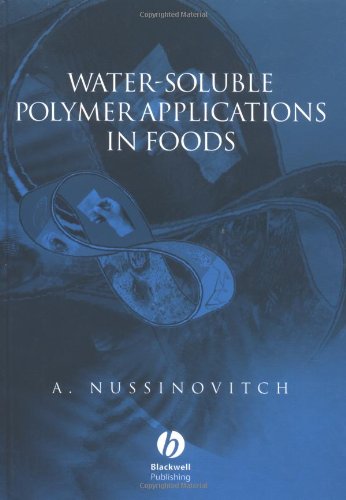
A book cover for Water-Soluble Polymer Applications in Foods; Amos Nussinovitch; Health, Fitness & Dieting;